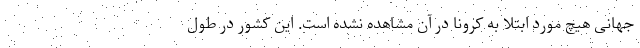
جهانی هیچ مورد ابتلا به کرونا در آن مشاهده نشده است. این کشور در طول